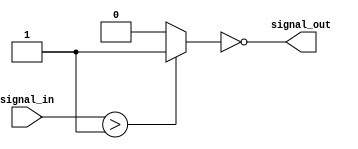
module Schmitt_trigger_inverter (
    input wire signal_in,
    output wire signal_out
);

wire schmitt_trigger_out;

// Schmitt trigger logic
assign schmitt_trigger_out = (signal_in > 1'b1) ? 1'b1 : 1'b0;

// Inverter logic
assign signal_out = ~schmitt_trigger_out;

endmodule